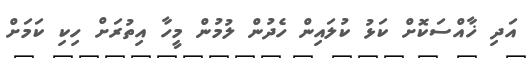
އަދި ޚާއްސަކޮށް ކަޅު ކުލައިން ހެދުން ލުމުން މީހާ އިތުރަށް ހިކި ކަމަށް